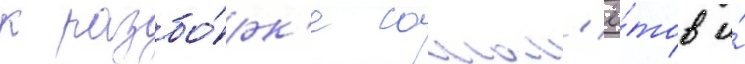
к разбо́рк'е самол'ё́тов и́